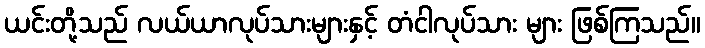
ယင်းတို့သည် လယ်ယာလုပ်သားများနှင့် တံငါလုပ်သား များ ဖြစ်ကြသည်။